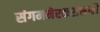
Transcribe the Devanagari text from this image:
संगमनेरकरांसाठी